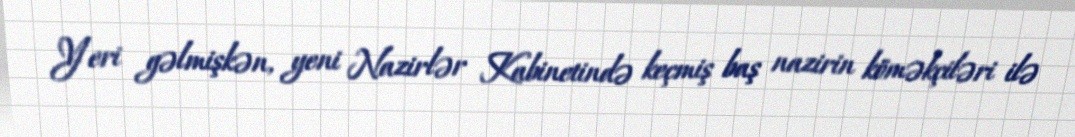
Yeri gəlmişkən, yeni Nazirlər Kabinetində keçmiş baş nazirin köməkçiləri ilə